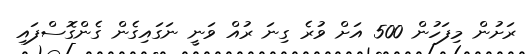
ރަށުން މިފަހުން 500 އަށް ވުރެ ގިނަ ރުއް ވަނީ ނަގައިގެން ގެންގޮސްފައި